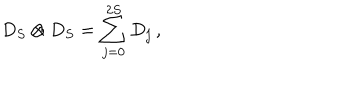
D _ { S } \otimes D _ { S } = \sum _ { j = 0 } ^ { 2 S } D _ { j } \, ,